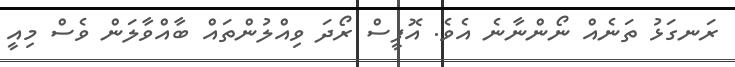
ރަނގަޅު ތަނެއް ނޯންނާނެ އެވެ. އޮފީސް ރޯދަ ވިއްލުންތައް ބާއްވާލަން ވެސް މިއީ